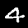
Label: 4